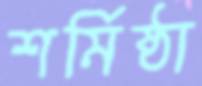
শর্মিষ্ঠা